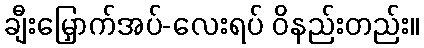
ချီးမြှောက်အပ်-လေးရပ် ဝိနည်းတည်း။